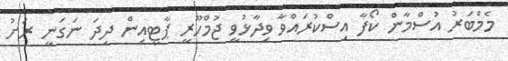
މެމްބަރު އުސްމާން ކޯފާ އިސްކުރައްވާ ވިދާޅުވީ ޖުމްހޫރީ ޕާޓީއިން ދިދަ ނަގަނީ ރަށު